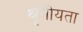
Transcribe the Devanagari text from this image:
श्रृंगीयता